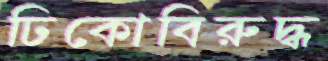
ঢিকোবিরুদ্ধ